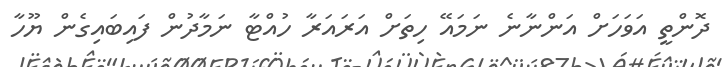
ދޮންތީ އަވަހަށް އަންނާނެ ނަމައޭ ހިތަށް އަރައަރާ ހުއްޓާ ނަމާދުން ފައިބައިގެން ޔޫހާ